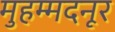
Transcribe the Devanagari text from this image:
मुहम्मदनूर